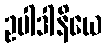
ဥပါဒါနိယေ